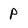
Character: p